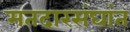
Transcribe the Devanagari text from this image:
मतदारसंघांत